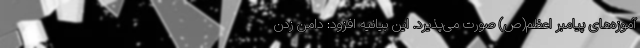
آموزه‌های پیامبر اعظم(ص) صورت می‌پذیرد. این بیانیه افزود: دامن زدن